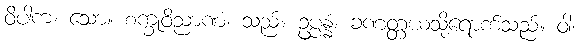
ဝိပါကံ၊ သော။ စက္ခုဝိညာဏံ၊ သည်။ ဥပ္ပန္နံ၊ ခဏတ္တယသို့ရောက်သည်။ ဝါ၊